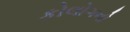
કોલોગનો